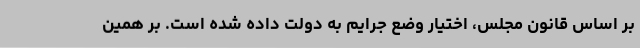
بر اساس قانون مجلس، اختیار وضع جرایم به دولت داده شده است. بر همین